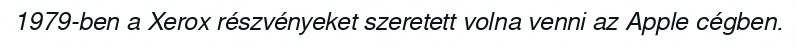
1979-ben a Xerox részvényeket szeretett volna venni az Apple cégben.